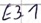
Text: E3.1